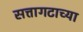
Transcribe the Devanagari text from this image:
सत्तागटाच्या